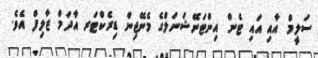
ސަލީމް އާއި އައި ޓެން އިންޓަނޭޝަނަލްގެ މެނޭޖިން ޑިރެކްޓަރ އާދަމް ޒާލިފް އެވެ.